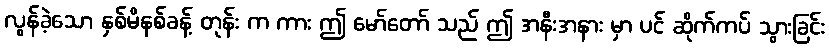
လွန်ခဲ့သော နှစ်မိနစ်ခန့် တုန်း က ကား ဤ မော်တော် သည် ဤ အနီးအနား မှာ ပင် ဆိုက်ကပ် သွားခြင်း